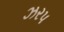
ઝરપ